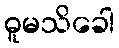
ဓူမသိခေါ